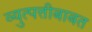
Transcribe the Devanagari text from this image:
व्युत्पत्तीबाबत